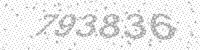
Solution: 793836